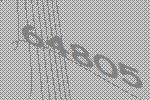
64805